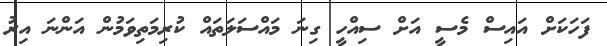
ފަހަކަށް އައިސް މެސީ އަށް ސިއްހީ ގިނަ މައްސަލަތައް ކުރިމަތިވަމުން އަންނަ އިރު